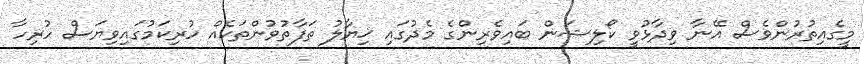
މީގެއިތުރުންވެސް އޭނާ ވިދާޅުވީ ކޯލިޝަން ބައިވެރިންގެ މެދުގައި ޚިޔާލު ތަފާތުވުންތަކެއް ހުރިކަމުގައިވިޔަސް ހުރިހާ